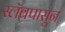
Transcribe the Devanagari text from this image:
स्लॅबपासून